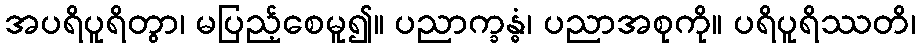
အပရိပူရိတွာ၊ မပြည့်စေမူ၍။ ပညာက္ခန္ဓံ၊ ပညာအစုကို။ ပရိပူရိဿတိ၊